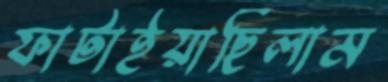
ফাটাইয়াছিলাম